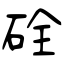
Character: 硂